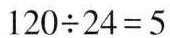
$$120 \div 24 = 5$$